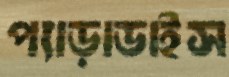
প্যাড়াডাইস